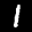
Label: 1